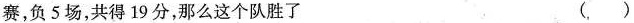
赛，负5场，共得19分，那么这个队胜了 （ ）